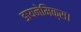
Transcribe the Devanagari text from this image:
डायनेमिक्स।